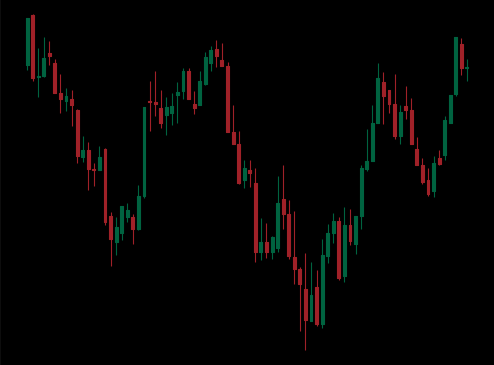
Pattern: inverse_head_shoulders